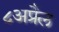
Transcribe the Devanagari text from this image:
८अप्रैल